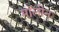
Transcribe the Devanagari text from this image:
मॉलीन